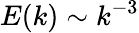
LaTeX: E(k)\sim k^{-3}